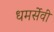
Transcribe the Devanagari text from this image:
धमर्सेवी